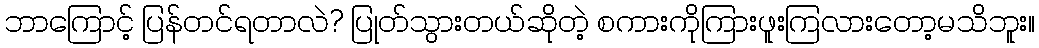
ဘာကြောင့် ပြန်တင်ရတာလဲ? ပြုတ်သွားတယ်ဆိုတဲ့ စကားကိုကြားဖူးကြလားတော့မသိဘူး။